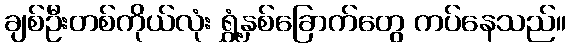
ချစ်ဦးတစ်ကိုယ်လုံး ရွှံ့နှစ်ခြောက်တွေ ကပ်နေသည်။